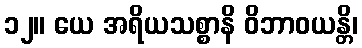
၁၂။ ယေ အရိယသစ္စာနိ ဝိဘာဝယန္တိ၊